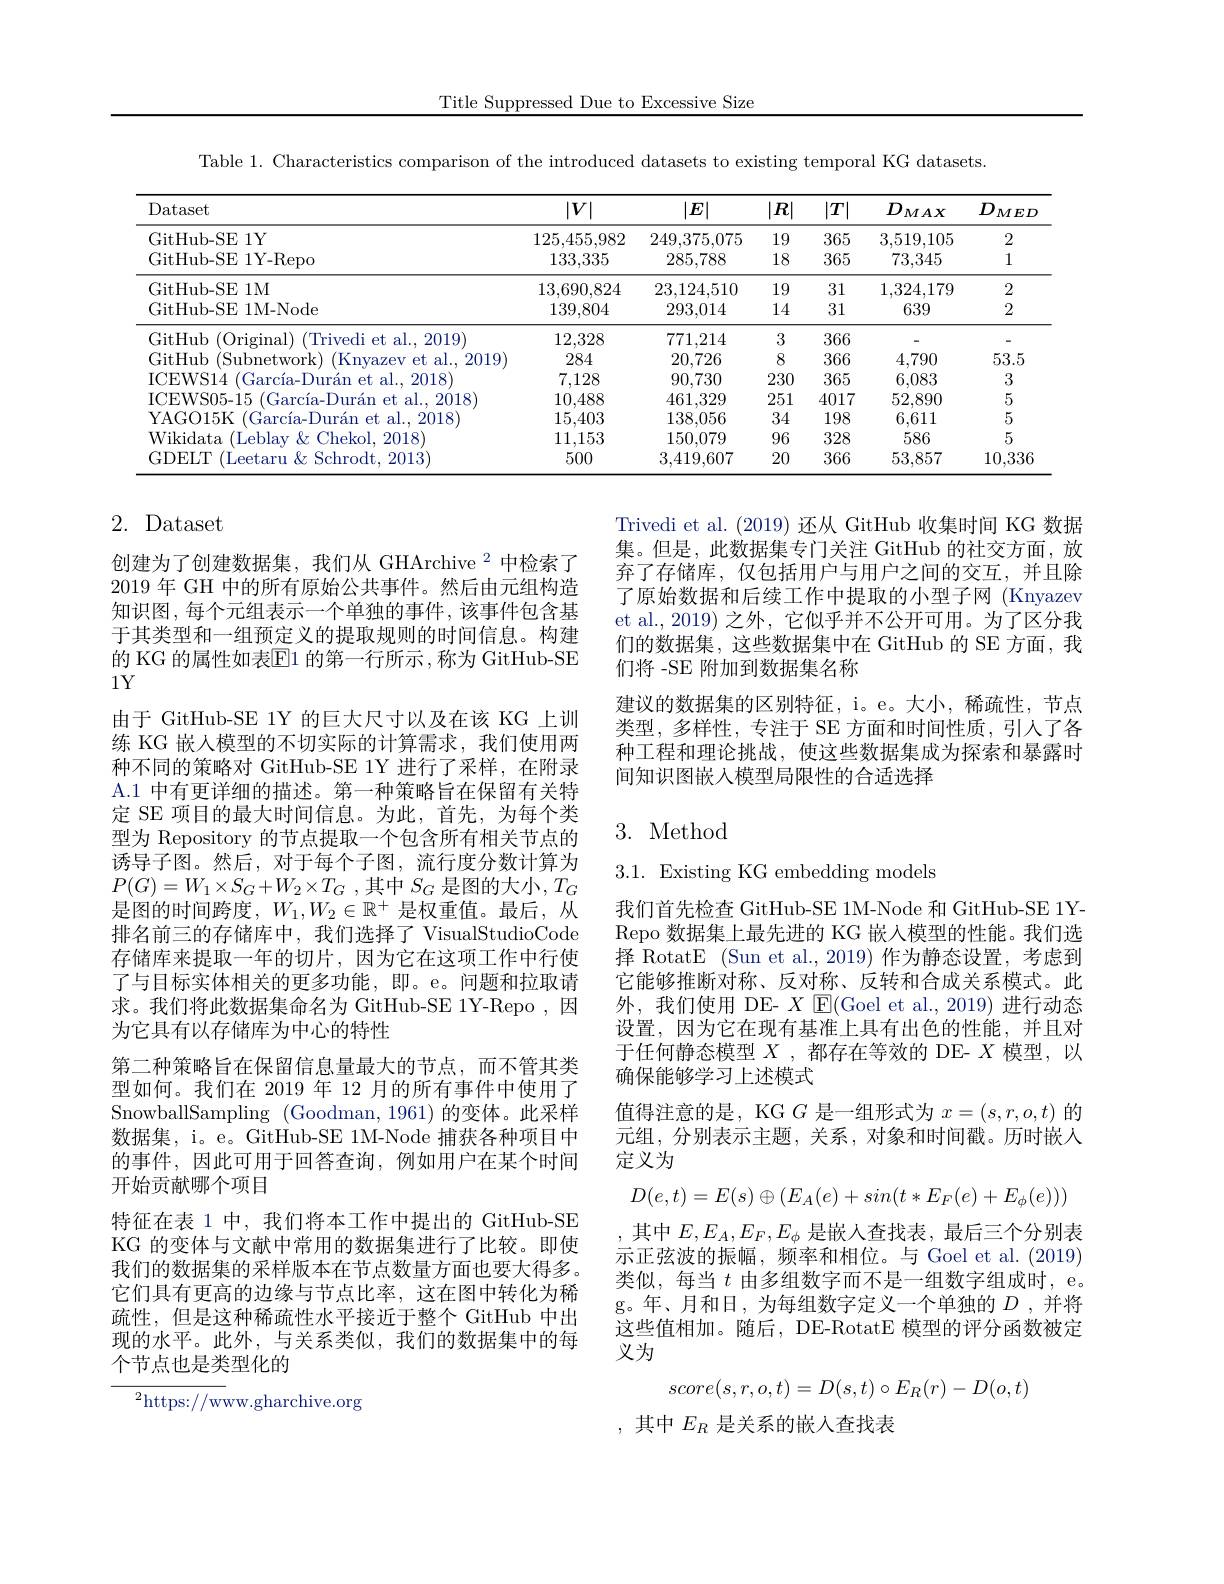
Title Suppressed Due to Excessive Size

Table 1. Characteristics comparison of the introduced datasets to existing temporal KG datasets.

<table>
	<tbody>
		<tr>
			<th>Dataset</th>
			<th>$|V|$</th>
			<th>$|E|$</th>
			<th>$|R|$</th>
			<th>$|T|$</th>
			<th>$D$ $MAX$</th>
			<th>$D_{i}$ ${'}_{MED}$ $\frac{1}{2}$ 1 1 </th>
		</tr>
		<tr>
			<td>GitHub- SE 1Y</td>
			<td>125,455,982</td>
			<td>249,375,075</td>
			<td>19</td>
			<td>365</td>
			<td>3.519.105</td>
			<td>2</td>
		</tr>
		<tr>
			<td>GitHub-SF Y- Repo</td>
			<td>133,335</td>
			<td>285,788</td>
			<td>18</td>
			<td>365</td>
			<td>73,345</td>
			<td>1</td>
		</tr>
		<tr>
			<td>GitHub-SE 1M</td>
			<td>13.690.824</td>
			<td>23.124.510</td>
			<td>19</td>
			<td>31</td>
			<td>1.324.179</td>
			<td>2</td>
		</tr>
		<tr>
			<td>GitHub-SE 1M-Node</td>
			<td>139,804</td>
			<td>293,014</td>
			<td>14</td>
			<td>31</td>
			<td>639</td>
			<td>2</td>
		</tr>
		<tr>
			<td>GitHub 11 (Original) (Trivedi et al.2019)</td>
			<td>12,328</td>
			<td>771,214</td>
			<td>3</td>
			<td>366</td>
			<td> </td>
			<td> </td>
		</tr>
		<tr>
			<td>$itH_{11}$ Subr trork $\%\%\%$</td>
			<td>284</td>
			<td>20,726</td>
			<td>8</td>
			<td>366</td>
			<td>4,790</td>
			<td>53.5</td>
		</tr>
		<tr>
			<td>${:}\mathbf{W}$ 2018 $N$ 1.</td>
			<td>7,128</td>
			<td>90,730</td>
			<td>230</td>
			<td>365</td>
			<td>6,083</td>
			<td>3</td>
		</tr>
		<tr>
			<td>2018 $WS(15-1.5)$</td>
			<td>10,488</td>
			<td>461,329</td>
			<td>251</td>
			<td>4017</td>
			<td>52.890</td>
			<td>5</td>
		</tr>
		<tr>
			<td>4(501 $5k$ 2118</td>
			<td>15,403</td>
			<td>138,056</td>
			<td>34</td>
			<td>198</td>
			<td>6,611</td>
			<td>5</td>
		</tr>
		<tr>
			<td>ridats 2018</td>
			<td>11,153</td>
			<td>150,079</td>
			<td>96</td>
			<td>328</td>
			<td>586</td>
			<td>5</td>
		</tr>
		<tr>
			<td>$\frac{1}{4}||||$ 2013 $X7$ Nr</td>
			<td>500</td>
			<td>3,419,607</td>
			<td>20</td>
			<td>366</td>
			<td>53,857</td>
			<td>10,336</td>
		</tr>
	</tbody>
</table>

# 2. Dataset

Trivedi et al.(2019) 还从 GitHub 收集时间 KG 数据集。但是，此数据集专门关注 GitHub 的社交方面，放弃了存储库，仅包括用户与用户之间的交互，并且除了原始数据和后续工作中提取的小型子网 (Knyazev et al.,2019) 之外，它似乎并不公开可用。为了区分我们的数据集，这些数据集中在 GitHub 的 SE 方面，我们将 -SE 附加到数据集名称
建议的数据集的区别特征，i。e。大小，稀疏性，节点类型，多样性，专注于 SE 方面和时间性质，引人了各种工程和理论挑战，使这些数据集成为探索和暴露时间知识图嵌入模型局限性的合适选择

# 3. Method

$3.1.{\mathrm{~Existing~KG~embedding~models}}$

创建为了创建数据集，我们从 GHArchive $^2$中检索了2019 年 GH 中的所有原始公共事件。然后由元组构造知识图，每个元组表示一个单独的事件，该事件包含基于其类型和一组预定义的提取规则的时间信息。构建的 KG 的属性如表$\overline{\mathbb{E}}$1 的第一行所示 ,称为 GitHub-SE $1Y$
由于 GitHub-SE 1Y 的巨大尺寸以及在该 KG 上训练 KG 嵌人模型的不切实际的计算需求，我们使用两种不同的策略对 GitHub-SE 1Y 进行了采样，在附录A.1 中有更详细的描述。第一种策略旨在保留有关特定 SE 项目的最大时间信息。为此，首先，为每个类型为 Repository 的节点提取一个包含所有相关节点的诱导子图。然后，对于每个子图，流行度分数计算为$P( G) = W_{1}\times S_{G}+ W_{2}\times T_{G}$ ,其中$S_G$ 是图的大小$,T_G$ 是图的时间跨度，$W_1,W_2\in\mathbb{R}^+$是权重值。最后，从排名前三的存储库中，我们选择了 VisualStudioCode 存储库来提取一年的切片，因为它在这项工作中行使了与目标实体相关的更多功能，即。e。问题和拉取请求。我们将此数据集命名为 GitHub-SE 1Y-Repo,因为它具有以存储库为中心的特性
第二种策略旨在保留信息量最大的节点，而不管其类型如何。我们在 2019 年 12 月的所有事件中使用了SnowballSampling (Goodman,1961)的变体。此采样数据集，i。e。GitHub-SE 1M-Node 捕获各种项目中的事件，因此可用于回答查询，例如用户在某个时间开始贡献哪个项目
特征在表 1 中，我们将本工作中提出的 GitHub-SE KG 的变体与文献中常用的数据集进行了比较。即使我们的数据集的采样版本在节点数量方面也要大得多。它们具有更高的边缘与节点比率，这在图中转化为稀疏性，但是这种稀疏性水平接近于整个 GitHub 中出现的水平。此外，与关系类似，我们的数据集中的每个节点也是类型化的
${^{2}\mathrm{https://w}}$ww.gharchive.org

我们首先检查 GitHub-SE 1M-Node 和 GitHub-SE 1YRepo 数据集上最先进的 KG 嵌入模型的性能。我们选择 RotatE (Sun et al.,2019)作为静态设置，考虑到它能够推断对称、反对称、反转和合成关系模式。此外，我们使用 DE- $X$ E(Goel et al.,2019)进行动态设置，因为它在现有基准上具有出色的性能，并且对于任何静态模型$X$ ,都存在等效的 DE- $X$模型，以确保能够学习上述模式
值得注意的是，KG $G$是一组形式为$x=(s,r,o,t)$的元组，分别表示主题，关系，对象和时间戳。历时嵌人定义为
$$D(e,t)=E(s)\oplus(E_{A}(e)+sin(t*E_{F}(e)+E_{\phi}(e)))$$
,其中$E,E_A,E_F,E_\phi$是嵌人查找表，最后三个分别表示正弦波的振幅，频率和相位。与 Goel et al.(2019) 类似，每当$t$由多组数字而不是一组数字组成时，e。g。年、月和日，为每组数字定义一个单独的$D$ ,并将这些值相加。随后，DE-RotatE 模型的评分函数被定义为
$$score(s,r,o,t)=D(s,t)\circ E_R(r)-D(o,t)$$
,其中$E_R$是关系的嵌入查找表